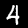
Digit: 4